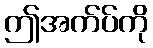
ဤအက်ပ်ကို